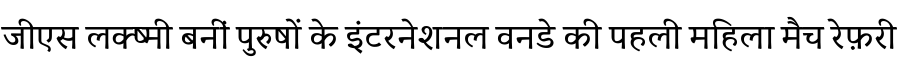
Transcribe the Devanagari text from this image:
जीएस लक्ष्मी बनीं पुरुषों के इंटरनेशनल वनडे की पहली महिला मैच रेफ़री